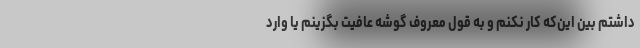
داشتم بین این‌که کار نکنم و به قول معروف گوشه عافیت بگزینم یا وارد